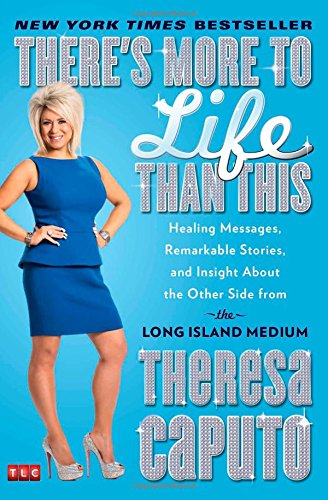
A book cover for There's More to Life Than This: Healing Messages, Remarkable Stories, and Insight About the Other Side from the Long Island Medium; Theresa Caputo; Humor & Entertainment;